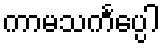
ကာမသင်္ကပ္ပေါ